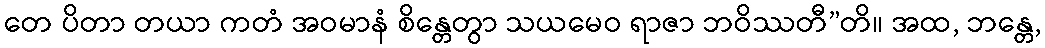
တေ ပိတာ တယာ ကတံ အဝမာနံ စိန္တေတွာ သယမေဝ ရာဇာ ဘဝိဿတီ”တိ။ အထ, ဘန္တေ,